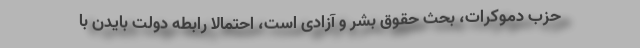
حزب دموکرات، بحث حقوق بشر و آزادی است، احتمالا رابطه‌ دولت بایدن با